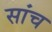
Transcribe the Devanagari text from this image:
सांच